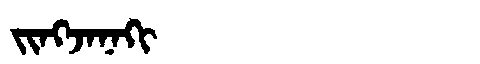
Manchu: ᠵᡳᠩᠵᠠᠨᠠᡴᡳ
Romanization: JINGJANAKI